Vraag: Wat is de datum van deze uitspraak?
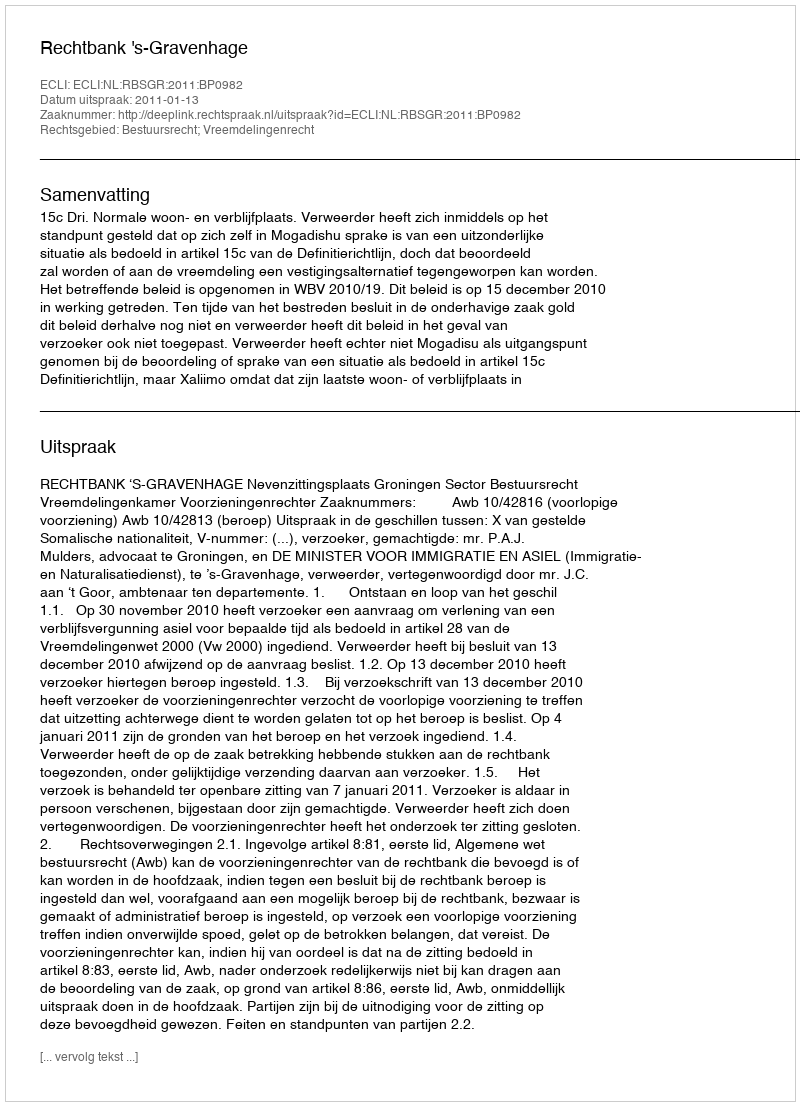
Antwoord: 2011-01-13